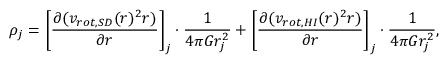
\rho _ { j } = \left[ \frac { \partial ( v _ { r o t , S D } ( r ) ^ { 2 } r ) } { \partial r } \right] _ { j } \cdot \frac { 1 } { 4 \pi G r _ { j } ^ { 2 } } + \left[ \frac { \partial ( v _ { r o t , H I } ( r ) ^ { 2 } r ) } { \partial r } \right] _ { j } \cdot \frac { 1 } { 4 \pi G r _ { j } ^ { 2 } } ,